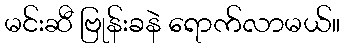
မင်းဆီ ဗြုန်းခနဲ ရောက်လာမယ်။